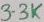
Text: 33K